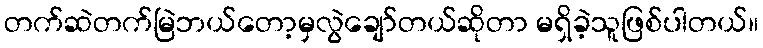
တက်ဆဲတက်မြဲဘယ်တော့မှလွဲချော်တယ်ဆိုတာ မရှိခဲ့သူဖြစ်ပါတယ်။